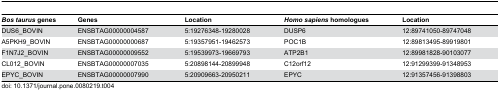
| Bos taurus genes | Genes | Location | Homo sapiens homologues | Location |
 | --- | --- | --- | --- | --- |
 | DUS6_BOVIN | ENSBTAG00000004587 | 5:19276348-19280028 | DUSP6 | 12:89741050-89747048 |
 | A5PKH9_BOVIN | ENSBTAG00000000687 | 5:19357951-19462573 | POC1B | 12:89813495-89919801 |
 | F1N7J2_BOVIN | ENSBTAG00000009552 | 5:19539973-19669793 | ATP2B1 | 12:89981828-90103077 |
 | CL012_BOVIN | ENSBTAG00000007035 | 5:20898144-20899948 | C12orf12 | 12:91299399-91348953 |
 | EPYC_BOVIN | ENSBTAG00000007990 | 5:20909663-20950211 | EPYC | 12:91357456-91398803 |